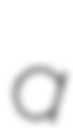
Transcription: a